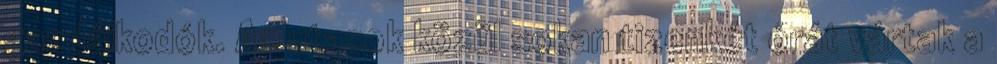
gazdálkodók. Az utasok közül sokan tizenkét órát vártak a